Scottish Leaving Certificate Examination, 1953
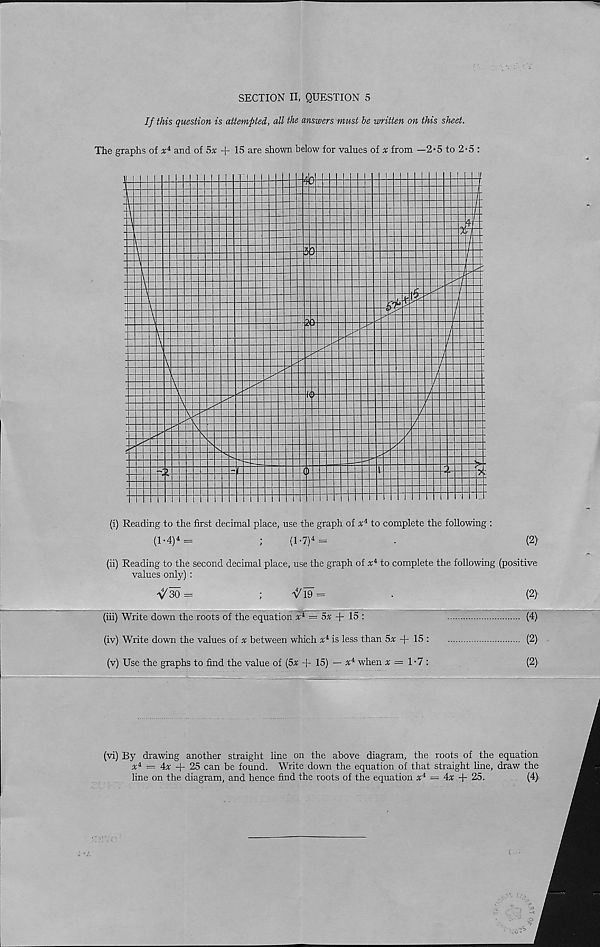
SECTION II, QUESTION 5
If this question is attempted, all the answers must be written on this sheet.
The graphs of x* and of 5x + 15 are shown below for values of x from —2*5 to 2-5 :
(i) Reading to the first decimal place, use the graph of x i to complete the following :
(T4) 4 =
;
(1 •7) i =
.
(2)
(ii) Reading to the second decimal place, use the graph of x i to complete the following (positive
values only) :
30 =
;
^19=
•
(2)
(hi) Write down the roots of the equation x i = 5x
15 :
(4)
(iv) Write down the values of x between which x l is less than 5^ + 15 :
(2)
(v) Use the graphs to find the value of (5x + 15) — x i when %= 1-7 :
(2)'
(vi) By drawing another straight line on the above diagram, the roots of the equation
x* = 4x
25 can be found. Write down the equation of that straight line, draw the
line on the diagram, and hence find the roots of the equation x* — 4x f- 25.
(4)>